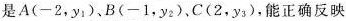
是A(-2，y_{1})、B(-1，y_{2})、C(2，y_{3})，能正确反映